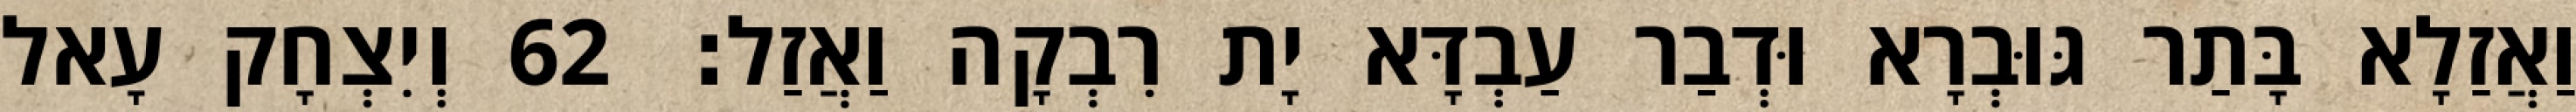
וַאֲזַלָא בָּתַר גּוּבְרָא וּדְבַר עַבְדָּא יָת רִבְקָה וַאֲזַל׃ 62 וְיִצְחָק עָאל